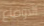
الاوضاع